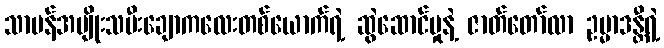
သာမန်အမျိုးသမီးချောကလေးတစ်ယောက်ရဲ့ ဆွဲဆောင်မှုနဲ့ ဇာတ်တော်လာ ဥမ္မာဒန္တီရဲ့